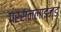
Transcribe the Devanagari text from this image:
पर्सनलाइज्ड